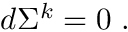
d \Sigma ^ { k } = 0 \ .